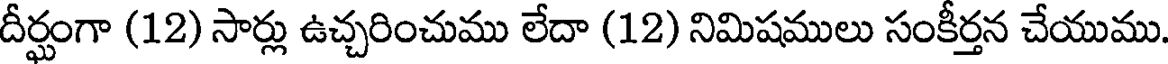
దీర్ఘంగా (12) సార్లు ఉచ్చరించుము లేదా (12) నిమిషములు సంకీర్తన చేయుము